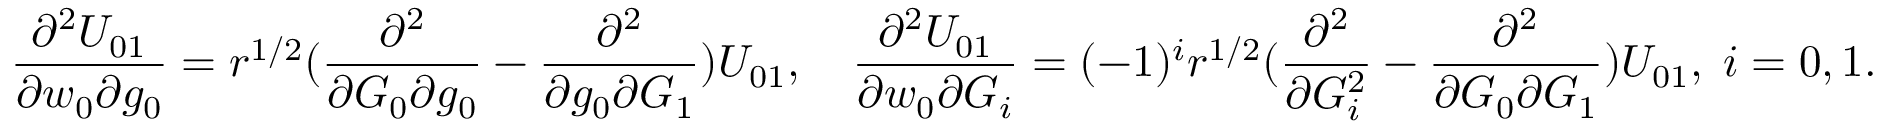
\frac { \partial ^ { 2 } U _ { 0 1 } } { \partial w _ { 0 } \partial g _ { 0 } } = r ^ { 1 / 2 } ( \frac { \partial ^ { 2 } } { \partial G _ { 0 } \partial g _ { 0 } } - \frac { \partial ^ { 2 } } { \partial g _ { 0 } \partial G _ { 1 } } ) U _ { 0 1 } , \quad \frac { \partial ^ { 2 } U _ { 0 1 } } { \partial w _ { 0 } \partial G _ { i } } = ( - 1 ) ^ { i } r ^ { 1 / 2 } ( \frac { \partial ^ { 2 } } { \partial G _ { i } ^ { 2 } } - \frac { \partial ^ { 2 } } { \partial G _ { 0 } \partial G _ { 1 } } ) U _ { 0 1 } , \; i = 0 , 1 .